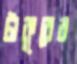
টাকুরের